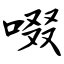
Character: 啜